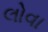
લોવા